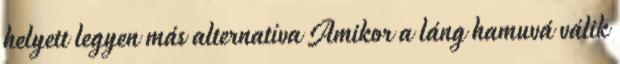
helyett legyen más alternatíva Amikor a láng hamuvá válik